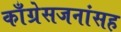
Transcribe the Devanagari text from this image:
काँग्रेसजनांसह